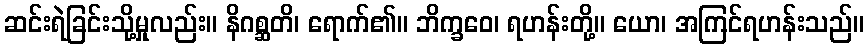
ဆင်းရဲခြင်းသို့မှုလည်း။ နိဂစ္ဆတိ၊ ရောက်၏။ ဘိက္ခဝေ၊ ရဟန်းတို့။ ယော၊ အကြင်ရဟန်းသည်။